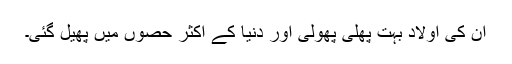
ان کی اولاد بہت پھلی پھولی اور دنیا کے اکثر حصوں میں پھیل گئی۔